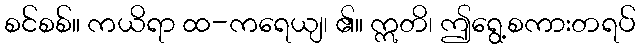
စင်စစ်။ ကယိရာ ထ-ကရေယျ၊ ၏။ ဣတိ၊ ဤရွေ့စကားတရပ်